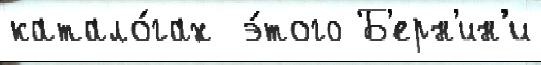
катало́гах  э́того Б'ерн'ин'и